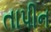
તાપીન